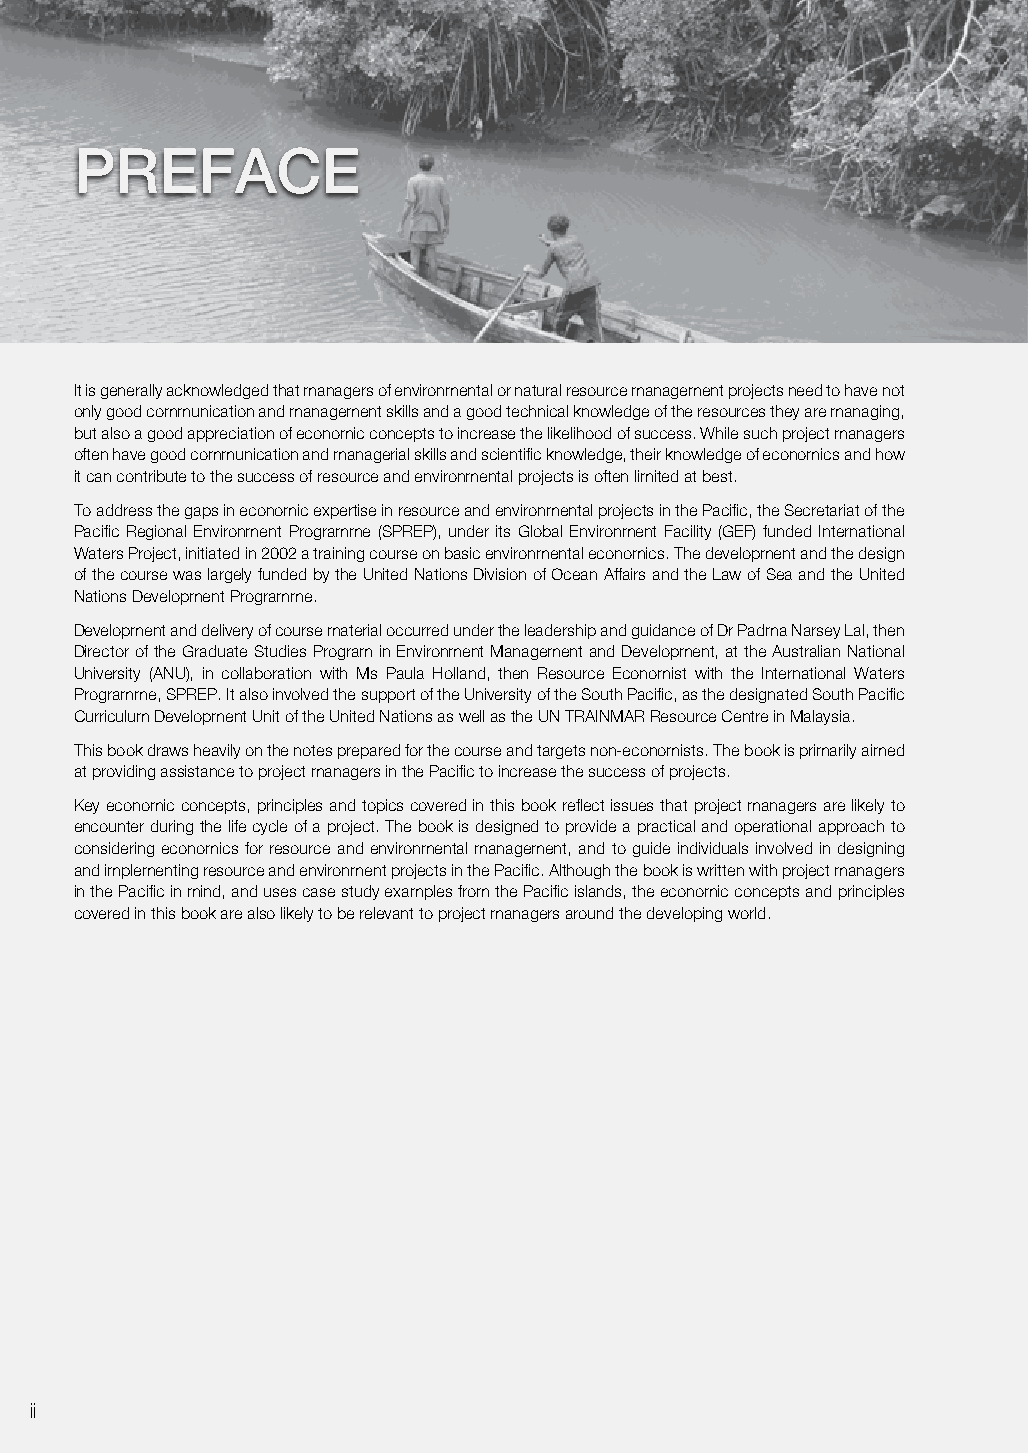
Preface
 It is generally acknowledged that managers of environmental or natural resource management projects need to have not
 only good communication and management skills and a good technical knowledge of the resources they are managing,
 but also a good appreciation of economic concepts to increase the likelihood of success. While such project managers
 often have good communication and managerial skills and scientific knowledge, their knowledge of economics and how
 it can contribute to the success of resource and environmental projects is often limited at best.
 To address the gaps in economic expertise in resource and environmental projects in the Pacific, the Secretariat of the
 Pacific Regional Environment Programme (SPREP), under its Global Environment Facility (GEF) funded International
 Waters Project, initiated in 2002 a training course on basic environmental economics. The development and the design
 of the course was largely funded by the United Nations Division of Ocean Affairs and the Law of Sea and the United
 Nations Development Programme.
 Development and delivery of course material occurred under the leadership and guidance of Dr Padma Narsey Lal, then
 Director of the Graduate Studies Program in Environment Management and Development, at the Australian National
 University (ANU), in collaboration with Ms Paula Holland, then Resource Economist with the International Waters
 Programme, SPREP. It also involved the support of the University of the South Pacific, as the designated South Pacific
 Curriculum Development Unit of the United Nations as well as the UN TRAINMAR Resource Centre in Malaysia.
 This book draws heavily on the notes prepared for the course and targets non-economists. The book is primarily aimed
 at providing assistance to project managers in the Pacific to increase the success of projects.
 Key economic concepts, principles and topics covered in this book reflect issues that project managers are likely to
 encounter during the life cycle of a project. The book is designed to provide a practical and operational approach to
 considering economics for resource and environmental management, and to guide individuals involved in designing
 and implementing resource and environment projects in the Pacific. Although the book is written with project managers
 in the Pacific in mind, and uses case study examples from the Pacific islands, the economic concepts and principles
 covered in this book are also likely to be relevant to project managers around the developing world.
 ii